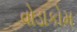
વોડાકોમ